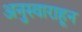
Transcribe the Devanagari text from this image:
अनुस्वाराहून